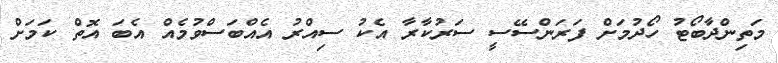
މަތިންދާބޯޓު ހޯދުމަށް ފަރަންސޭސީ ސަރުކާރާ އެކު ސިއްރު އެއްބަސްވުމެއް އެބަ އޮތް ކަމަށް